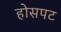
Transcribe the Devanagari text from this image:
होसपट